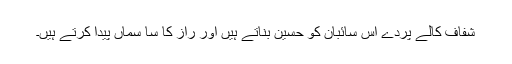
شفاف کالے پردے اِس سائبان کو حَسِین بناتے ہیں اور راز کا سا سماں پیدا کرتے ہیں۔